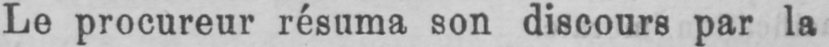
Le procureur résuma son discours par la